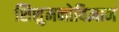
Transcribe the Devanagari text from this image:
शिशुमनोविज्ञान